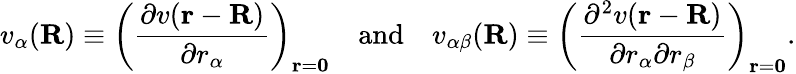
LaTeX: v_{\alpha}(\mathbf{R})\equiv\left({\frac{\partial v(\mathbf{r}-\mathbf{R})}{\partial r_{\alpha}}}\right)_{\mathbf{r}=\mathbf{0}}\quad{\mathrm{and}}\quad v_{\alpha\beta}(\mathbf{R})\equiv\left({\frac{\partial^{2}v(\mathbf{r}-\mathbf{R})}{\partial r_{\alpha}\partial r_{\beta}}}\right)_{\mathbf{r}=\mathbf{0}}.